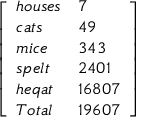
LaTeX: \left[ \begin{array} { l l } { h o u s e s } & { 7 } \\ { c a t s } & { 4 9 } \\ { m i c e } & { 3 4 3 } \\ { s p e l t } & { 2 4 0 1 } \\ { h e q a t } & { 1 6 8 0 7 } \\ { T o t a l } & { 1 9 6 0 7 } \end{array} \right]